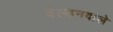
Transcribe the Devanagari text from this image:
वेल्डनवाले